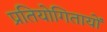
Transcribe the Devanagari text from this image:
प्रतियोगितायोँ